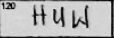
Transcription: HUW